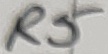
Text: R5